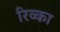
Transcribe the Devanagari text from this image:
रिव्का